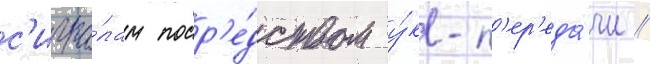
с'игна́лам поср'е́дством у́кв-п'ер'еда́чи //